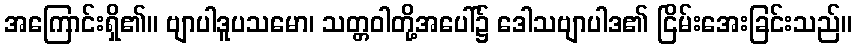
အကြောင်းရှိ၏။ ဗျာပါဒူပသမော၊ သတ္တဝါတို့အပေါ်၌ ဒေါသဗျာပါဒ၏ ငြိမ်းအေးခြင်းသည်။